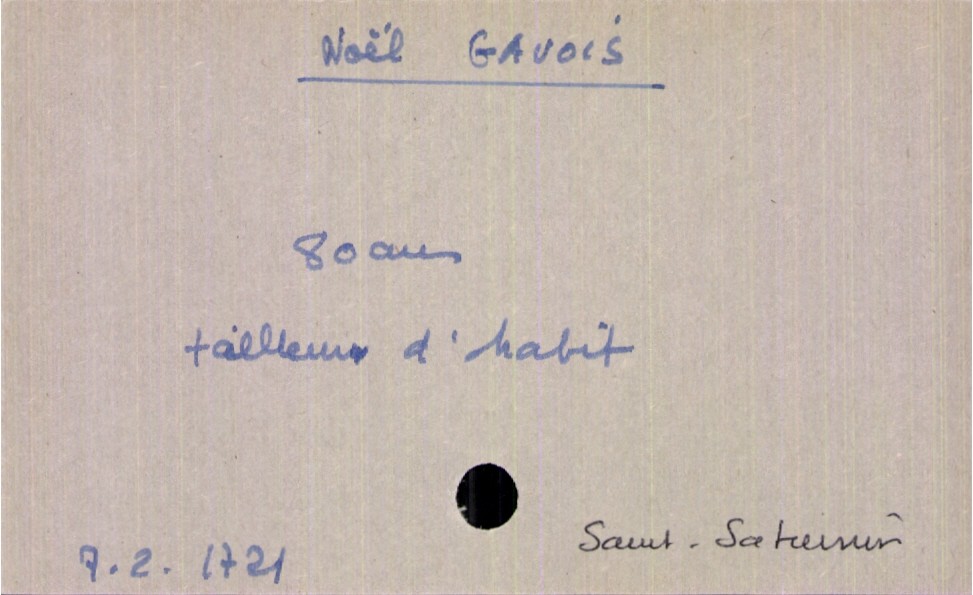
type_acte: Décès
année: 1721
mois: 2
jour: 7
paroisse: Saint-Saturnin
défunt_nom: Gavois
défunt_prénom: Noël
défunt_sexe: H
défunt_âge: 80 ans
défunt_profession: tailleur d'habit